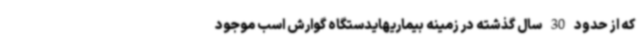
که از حدود 30 سال گذشته در زمینه بیماریهایدستگاه گوارش اسب موجود